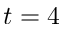
t = 4